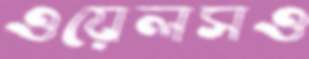
ওয়েলসও